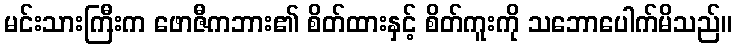
မင်းသားကြီးက ဖောဇီကဘား၏ စိတ်ထားနှင့် စိတ်ကူးကို သဘောပေါက်မိသည်။